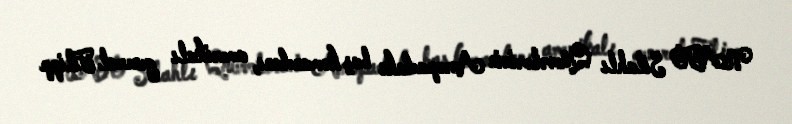
NATO Silahlı Qüvvələrinin Avropadakı baş komandanı, amerikalı general Filipp